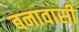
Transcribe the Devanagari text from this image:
बनावासी